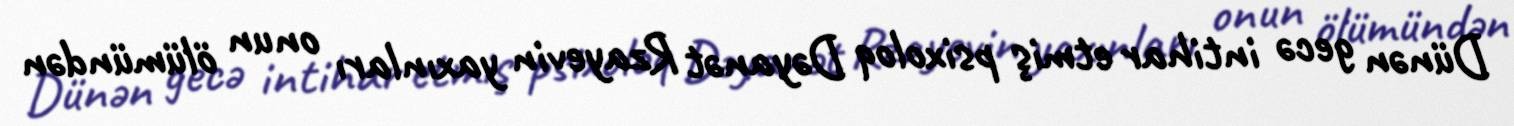
Dünən gecə intihar etmiş psixoloq Dəyanət Rzayevin yaxınları onun ölümündən